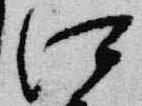
江